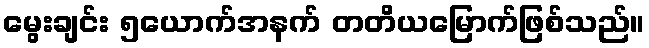
မွေးချင်း ၅ယောက်အနက် တတိယမြောက်ဖြစ်သည်။